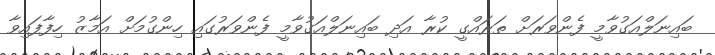
ބައިނަލްއަގުވާމީ ފެންވަރަށް ތަރައްގީ ކުރާ އަދި ބައިނަލްއަގުވާމީ ފެންވަރުގައި ހިންގުމަށް އަމާޒު ހިފާފައިވާ